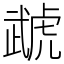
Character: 虣